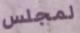
لمجلس